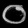
Digit: ၀